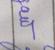
Signature authenticity: forged